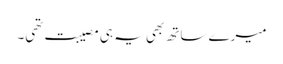
میرے ساتھ بھی یہ ہی مصیبت تھی۔